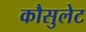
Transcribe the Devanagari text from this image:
कौसुलेट